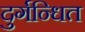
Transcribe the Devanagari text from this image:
दुर्गन्धित